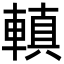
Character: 䡩